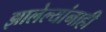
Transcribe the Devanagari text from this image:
झालेल्यांनाही